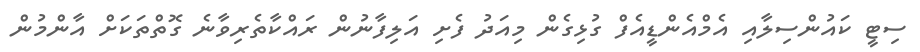
ސިޓީ ކައުންސިލާއި އެމްއެންޑީއެފް ގުޅިގެން މިއަދު ފެށި އަލިފާނުން ރައްކާތެރިވާނެ ގޮތްތަކަށް އާންމުން